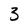
Character: 3